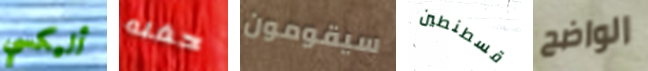
أليكسي حفله سيقومون قسطنطين الواضح